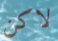
لاكن